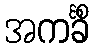
အကင်္ခိံ